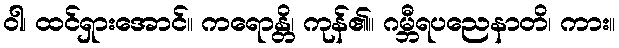
ဝါ၊ ထင်ရှားအောင်။ ကရောန္တိ၊ ကုန်၏။ ဂမ္ဘီရပညေနာတိ၊ ကား။